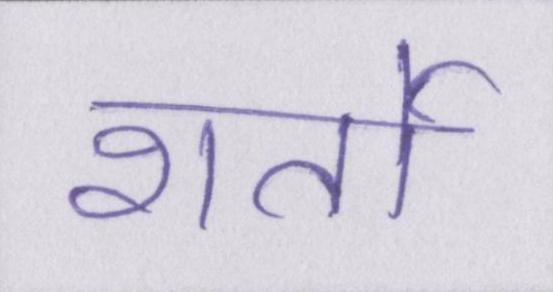
शर्तो